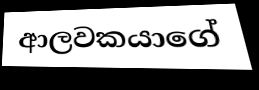
ආලවකයාගේ